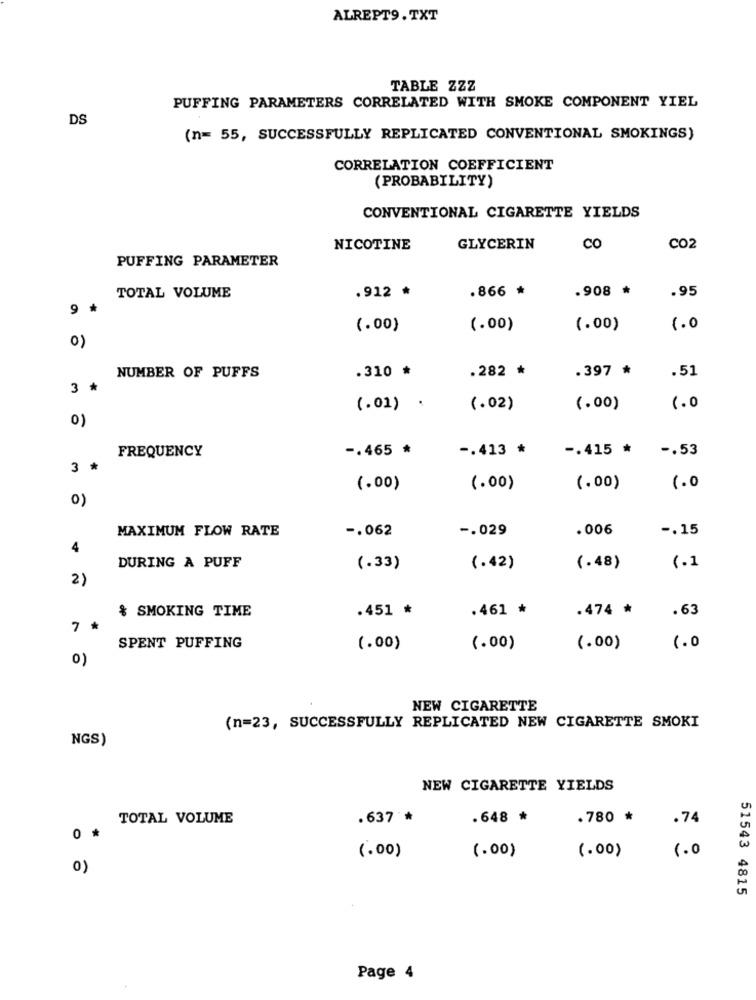
ALREPT9.TXT
TABLE ZZZ
PUFFING PARAMETERS CORRELATED WITH SMOKE COMPONENT YIEL
DS
(n= 55, SUCCESSFULLY REPLICATED CONVENTIONAL SMOKINGS)
CORRELATION COEFFICIENT
(PROBABILITY)
CONVENTIONAL CIGARETTE YIELDS
NICOTINE
GLYCERIN
CO
CO2
PUFFING PARAMETER
.866 *
.908 *
.95
TOTAL VOLUME
.912 *
9 *
(.00)
(.00)
(.00)
1.0
0)
NUMBER OF PUFFS
.310 *
.282 *
.397 *
.51
3 *
(.01) .
(.02)
(.00)
1.0
0)
FREQUENCY
-. 465 *
-. 413 *
-. 415 *
-. 53
3 *
(.00)
(.00)
(.00)
1.0
0)
MAXIMUM FLOW RATE
-. 062
-. 029
.006
-. 15
4
DURING A PUFF
(.33)
(.42)
(.48)
(.1
2)
& SMOKING TIME
.451 *
.461 *
.474 *
.63
7 *
SPENT PUFFING
(.00)
(.00)
(.00)
1.0
0)
NEW CIGARETTE
(n=23, SUCCESSFULLY REPLICATED NEW CIGARETTE SMOKI
NGS)
NEW CIGARETTE YIELDS
TOTAL VOLUME
.637 *
.648 *
.780 *
.74
O
(.00)
1.0
(.00)
(.00)
0)
51543 4815
Page 4